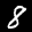
Label: 8